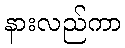
နားလည်ကာ